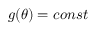
g ( \theta ) = c o n s t